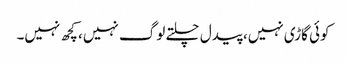
کوئی گاڑی نہیں، پیدل چلتے لوگ نہیں، کچھ نہیں۔